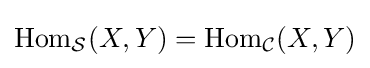
\mathrm {Hom} _{\mathcal {S}}(X,Y)=\mathrm {Hom} _{\mathcal {C}}(X,Y)